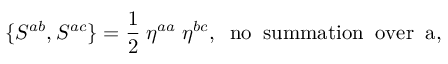
\{ S ^ { a b } , S ^ { a c } \} = \frac { 1 } { 2 } \; \eta ^ { a a } \; \eta ^ { b c } , \; \; \mathrm { n o \; \; s u m m a t i o n \; \; o v e r \; \; a } ,